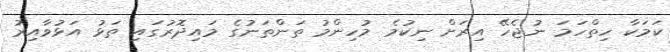
ކަމަކާ ހިތްހަމަ ނުޖެހޭ އިރަށް ނިކުމެ މުހިންމު ތަންތަނުގެ މައިދޮރުގައި ތަޅު އަޅުވާއިރު